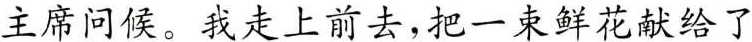
主席问候。我走上前去，把一束鲜花献给了